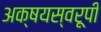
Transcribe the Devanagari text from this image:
अक्षयस्वरूपी